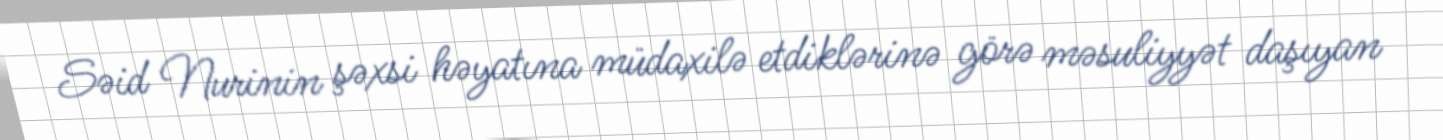
Səid Nurinin şəxsi həyatına müdaxilə etdiklərinə görə məsuliyyət daşıyan